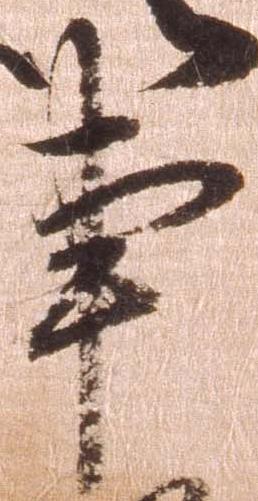
亊